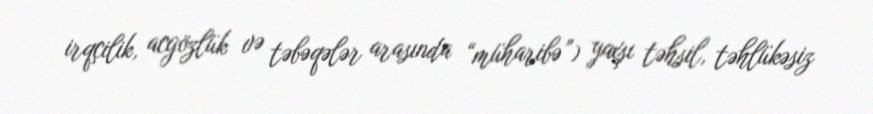
irqçilik, acgözlük və təbəqələr arasında “müharibə”) yaxşı təhsil, təhlükəsiz